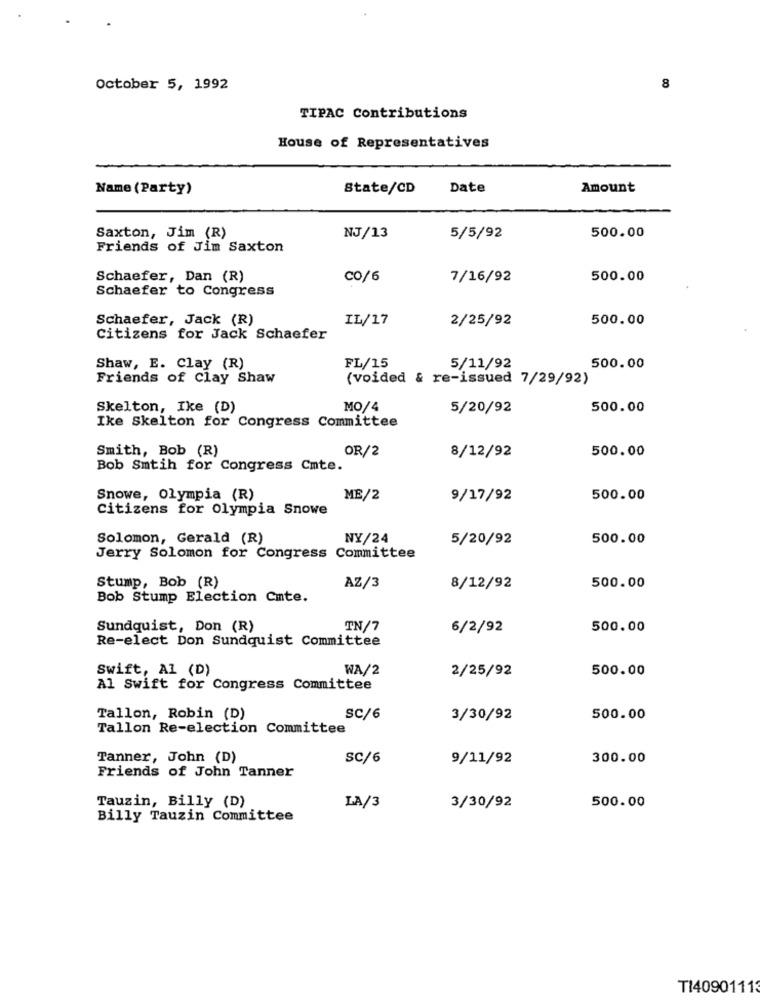
October 5, 1992
8
TIPAC Contributions
House of Representatives
Name (Party)
State/CD
Date
Amount
Saxton, Jim (R)
NJ/13
5/5/92
500.00
Friends of Jim Saxton
Schaefer, Dan (R)
CO/6
7/16/92
500.00
Schaefer to Congress
Schaefer, Jack (R)
IL/17
500.00
2/25/92
Citizens for Jack Schaefer
Shaw, E. Clay (R)
FL/15
5/11/92
500.00
Friends of Clay Shaw
(voided & re-issued 7/29/92)
Skelton, Ike (D)
MO/4
5/20/92
500.00
Ike Skelton for Congress Committee
Smith, Bob (R)
OR/2
500.00
8/12/92
Bob Smtih for Congress Cmte.
Snowe, Olympia (R)
ME/2
9/17/92
500.00
Citizens for Olympia Snowe
Solomon, Gerald (R)
NY/24
5/20/92
500.00
Jerry Solomon for Congress Committee
Stump, Bob (R)
AZ/3
8/12/92
500.00
Bob Stump Election Cmte.
Sundquist, Don (R)
TN/7
6/2/92
500.00
Re-elect Don Sundquist Committee
Swift, Al (D)
WA/2
2/25/92
500.00
Al Swift for Congress Committee
Tallon, Robin (D)
SC/6
3/30/92
500.00
Tallon Re-election Committee
Tanner, John (D)
SC/6
9/11/92
300.00
Friends of John Tanner
Tauzin, Billy (D)
500.00
LA/3
3/30/92
Billy Tauzin Committee
TI40901113